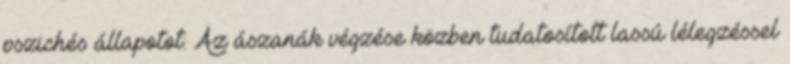
pszichés állapotot. Az ászanák végzése közben tudatosított lassú lélegzéssel